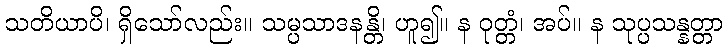
သတိယာပိ၊ ရှိသော်လည်း။ သမ္ပသာဒနန္တိ၊ ဟူ၍။ န ဝုတ္တံ၊ အပ်။ န သုပ္ပသန္နတ္တာ